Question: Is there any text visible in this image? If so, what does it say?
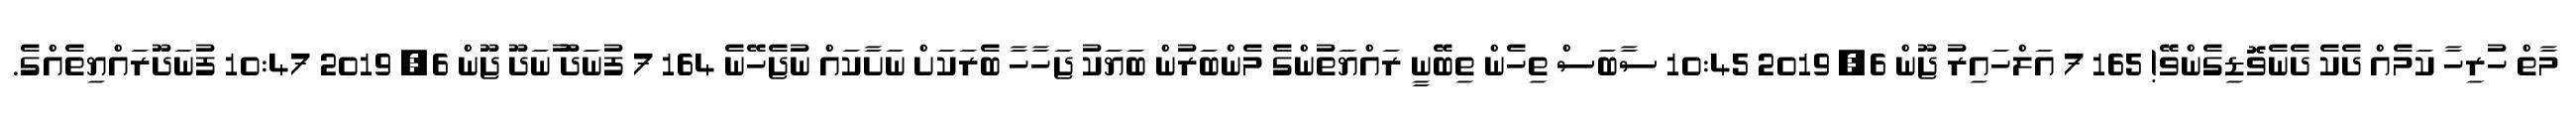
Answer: މާތް ހުރިހާ ކަމެއް ދެކެ ދެނެވޮޑިގެންވޭ! 165 7 އަލްހައިރު ޖޫން 6, 2019 10:45 ސާބަސް ތިހެން ތިބޭނީ ރައްޔަތުންގެ މެންބަރުން ބަޔަކު ޖަހާހާ ބެރަކަށް ނަށާކައް ނުޖެހޭނެ 164 7 ފުނަދޫ ުނަދޫ ޖޫން 6, 2019 10:47 ފުނަދޫރައްޔިތެއްގެ.